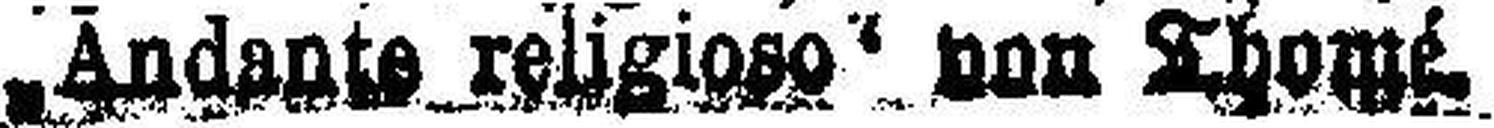
Andante religioso von Thomé.